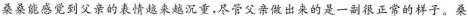
桑桑能感觉到父亲的表情越来越沉重，尽管父亲做出来的是一副很正常的样子。桑